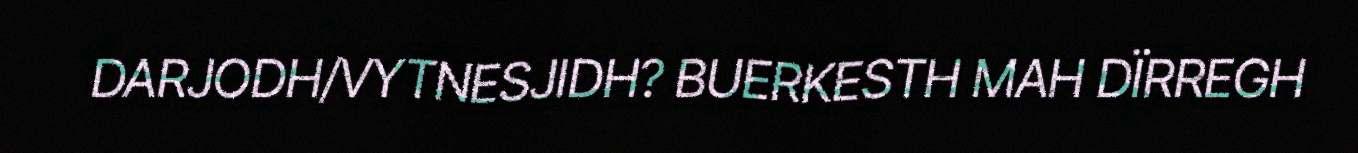
DARJODH/VYTNESJIDH? BUERKESTH MAH DÏRREGH